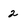
Character: 2